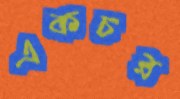
একচর